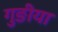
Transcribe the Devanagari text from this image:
गुङीया